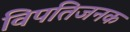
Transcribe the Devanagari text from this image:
विपतिजनक